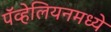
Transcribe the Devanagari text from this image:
पॅव्हेलियनमध्ये